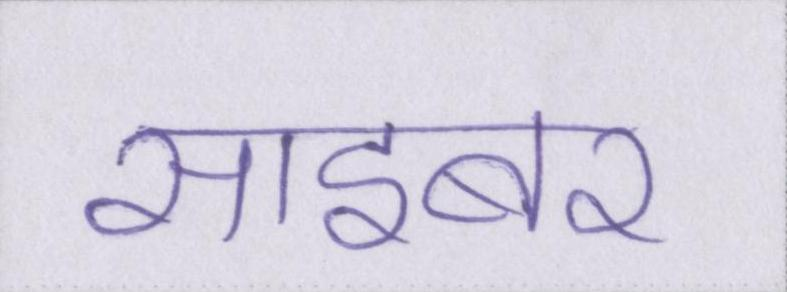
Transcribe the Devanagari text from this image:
साइबर